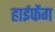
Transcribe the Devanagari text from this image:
हाईफेंग